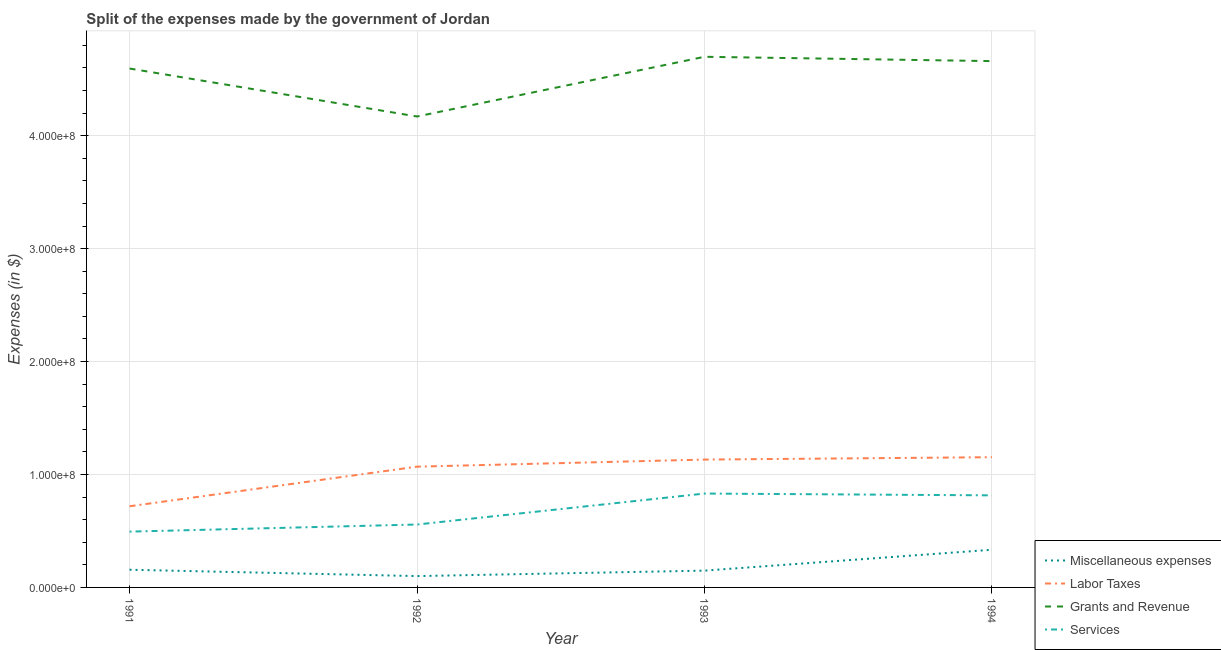
| Year | Miscellaneous expenses | Labor Taxes | Grants and Revenue | Services |
 | --- | --- | --- | --- | --- |
 | 1991 | 1.57e+07 | 7.18e+07 | 4.59e+08 | 4.94e+07 |
 | 1992 | 1e+07 | 1.07e+08 | 4.17e+08 | 5.57e+07 |
 | 1993 | 1.49e+07 | 1.13e+08 | 4.7e+08 | 8.31e+07 |
 | 1994 | 3.34e+07 | 1.15e+08 | 4.66e+08 | 8.15e+07 |